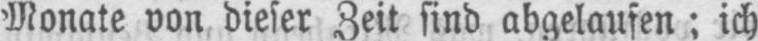
Monate von dieser Zeit sind abgelaufen; ich